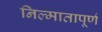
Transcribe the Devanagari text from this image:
निल्मातापूर्ण